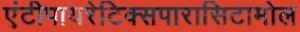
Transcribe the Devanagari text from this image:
एंटीपायरेटिक्सपारासिटामोल